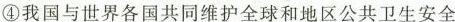
④我国与世界各国共同维护全球和地区公共卫生安全